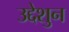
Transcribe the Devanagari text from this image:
उद्देशुन